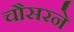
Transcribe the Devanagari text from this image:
चौसरने